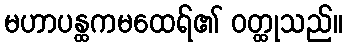
မဟာပန္ထကမထေရ်၏ ဝတ္ထုသည်။